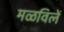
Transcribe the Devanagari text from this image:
मळविलें